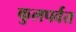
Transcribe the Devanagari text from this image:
कुलपर्वत